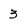
Character: 3